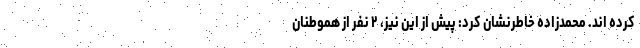
کرده اند. محمدزاده خاطرنشان کرد: پیش از این نیز، ۲ نفر از هموطنان